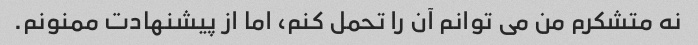
نه متشکرم من می توانم آن را تحمل کنم، اما از پیشنهادت ممنونم.